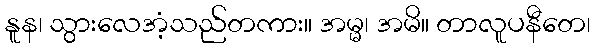
နူန၊ သွားလေအံ့သည်တကား။ အမ္မ၊ အမိ။ တာလူပနီတေ၊